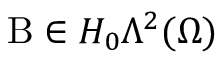
\mathrm { B } \in H _ { 0 } \Lambda ^ { 2 } ( \Omega )